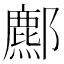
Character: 𨞻